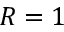
R = 1